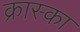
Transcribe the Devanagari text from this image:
क्रास्का